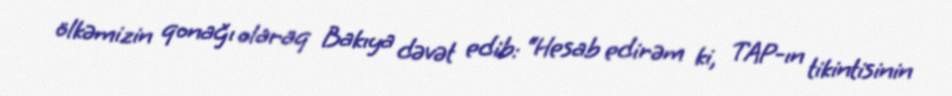
ölkəmizin qonağı olaraq Bakıya dəvət edib: “Hesab edirəm ki, TAP-ın tikintisinin